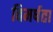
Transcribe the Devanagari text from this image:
विमर्षता